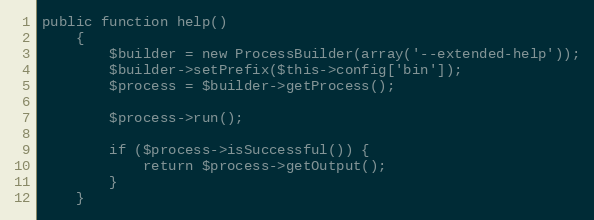
Language: PHP
public function help()
    {
        $builder = new ProcessBuilder(array('--extended-help'));
        $builder->setPrefix($this->config['bin']);
        $process = $builder->getProcess();

        $process->run();

        if ($process->isSuccessful()) {
            return $process->getOutput();
        }
    }